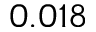
0 . 0 1 8